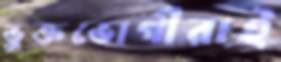
ভুক্তভোগীরাই